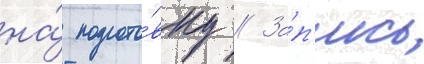
на́ подгото́вку // За́п'ись